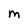
Character: M